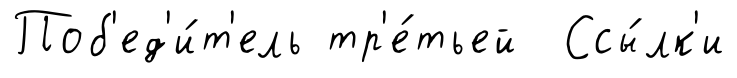
Поб'ед'и́т'ель тр'е́тьей Ссы́лк'и